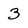
Character: 3